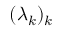
( \lambda _ { k } ) _ { k }